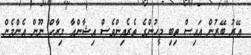
އޭރު ބޭރުން އައިސް ތިބި މީހުންގެ ތެރެއިންވެސް އިޝާންއާ މިރާހް ނޫން އެންމެން